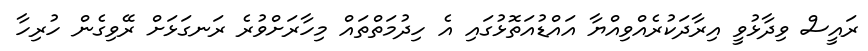
ރައީސް ވިދާޅުވީ އިރާދަކުރެއްވިއްޔާ އައްޑުއަތޮޅުގައި އެ ހިދުމަތްތައް މިހާރަށްވުރެ ރަނގަޅަށް ރޭވިގެން ހުރިހާ